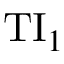
\mathrm { T I } _ { 1 }